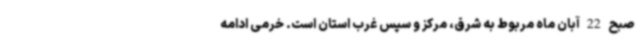
صبح 22 آبان ماه مربوط به شرق، مرکز و سپس غرب استان است. خرمی ادامه